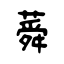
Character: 蕣